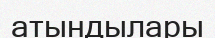
атындылары